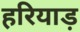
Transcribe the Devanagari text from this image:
हरियाड़